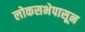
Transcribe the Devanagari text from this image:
लोकसभेपासून